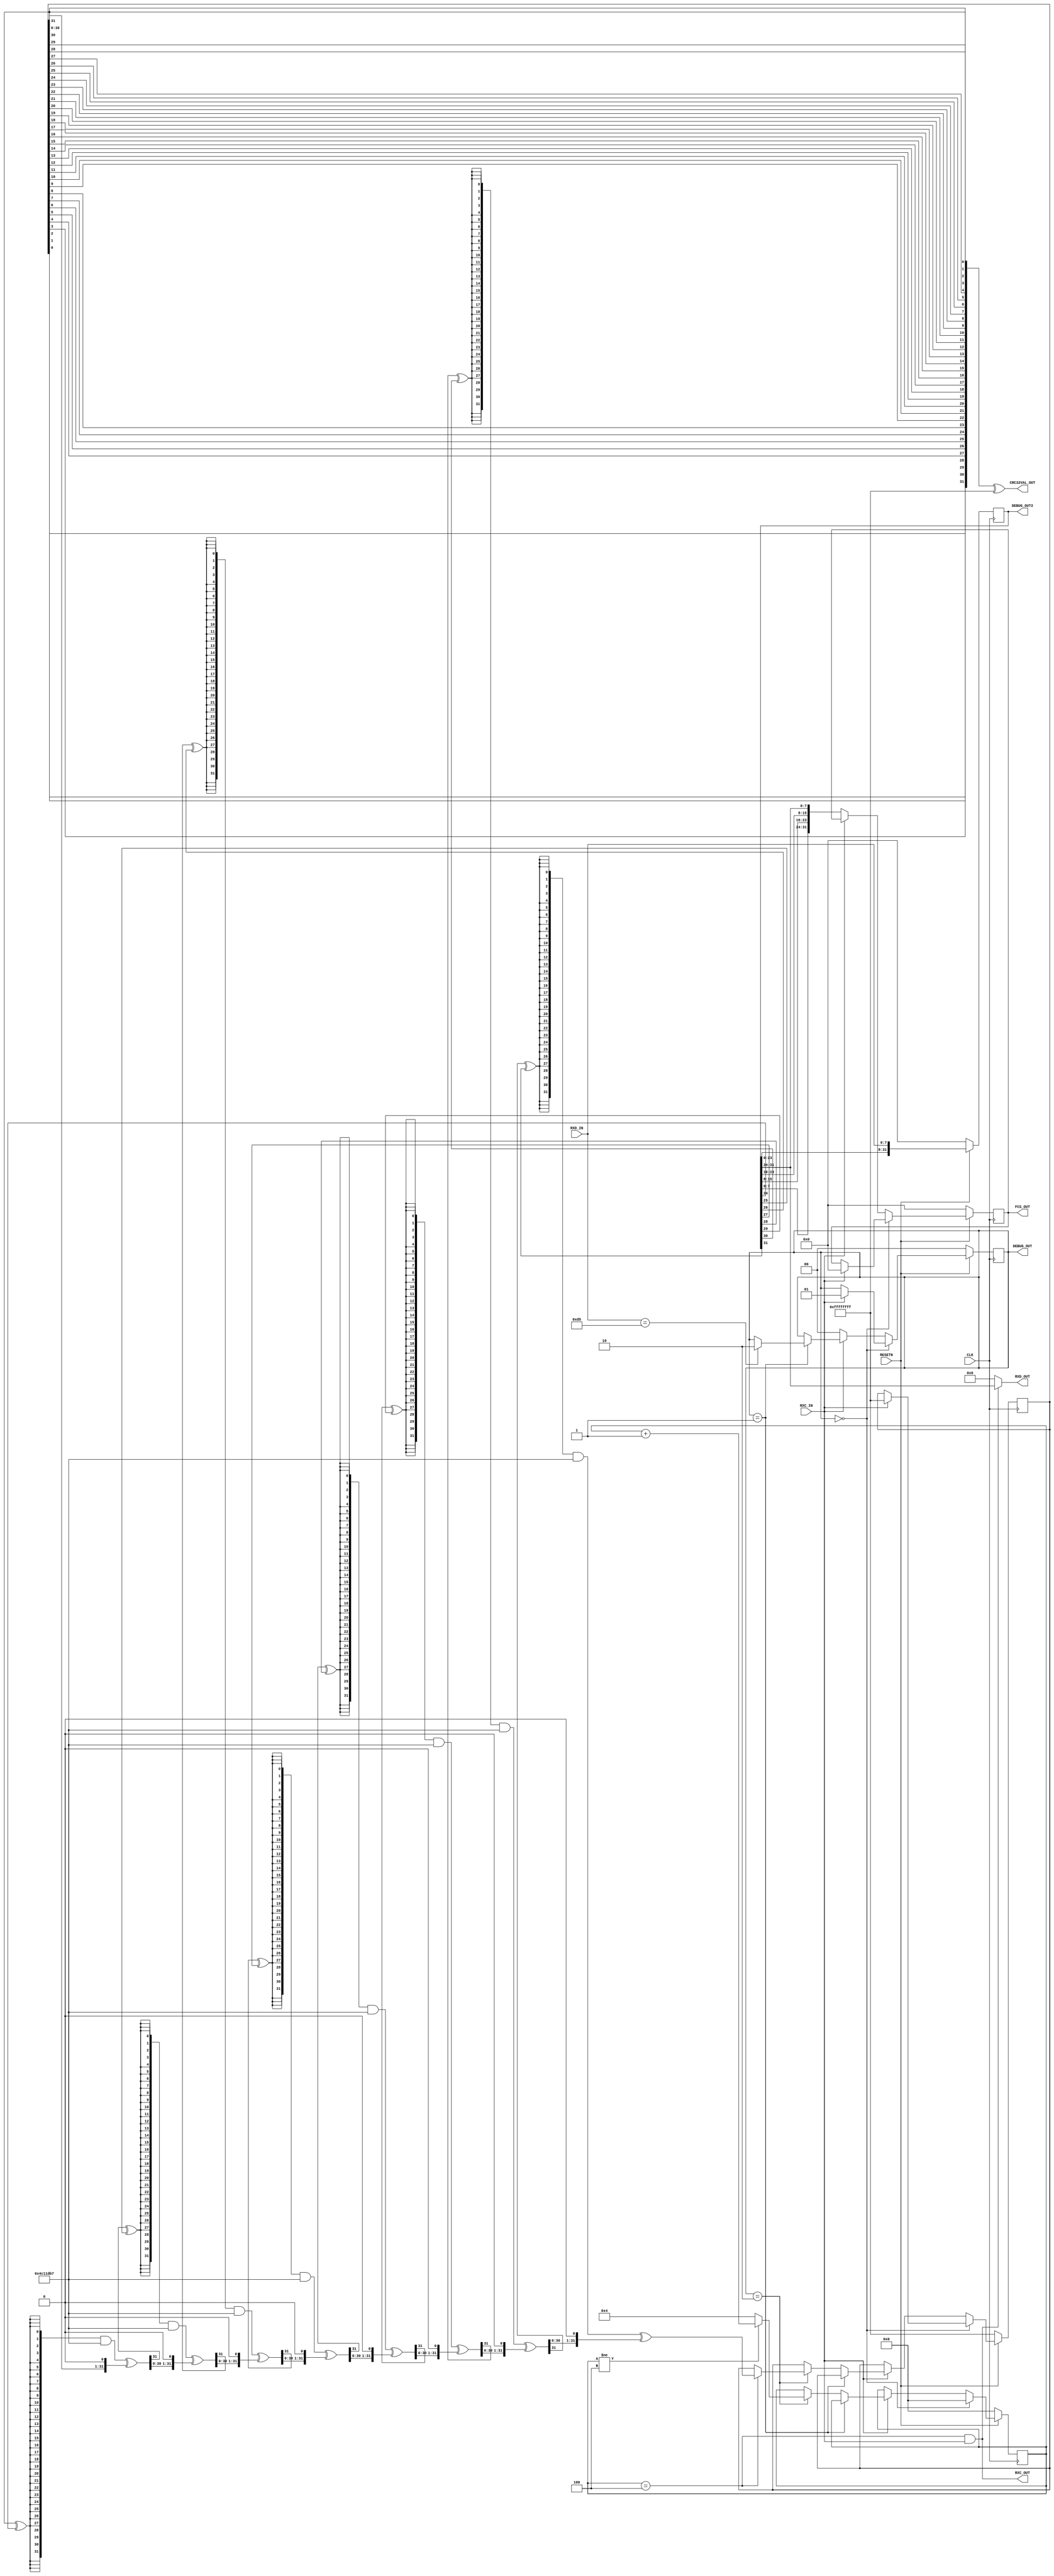

// Copyright (C) Akira Higuchi  ( https://github.com/ahiguti )
// Copyright (C) DeNA Co.,Ltd. ( https://dena.com )
// All rights reserved.
// See COPYRIGHT.txt for details


module gmii_rx_fcs(
input CLK,
input RESETN,
input RXC_IN,
input [7:0] RXD_IN,
output RXC_OUT,
output [7:0] RXD_OUT,
output [31:0] FCS_OUT,
output [31:0] CRC32VAL_OUT,
output [1:0] DEBUG_OUT,
output [31:0] DEBUG_OUT2
);

reg [31:0] rxd_shiftreg;
reg [3:0] shiftreg_len;
reg [31:0] crc32val;
reg [31:0] fcs_recv;
reg [1:0] state;

function [31:0] crc32_8;
input [31:0] crc;
input [7:0] data;
integer i;
begin
    for (i = 0; i < 8; i = i + 1) begin
        crc = ({32{crc[31] ^ data[0]}} & 32'h04c11db7) ^ {crc[30:0], 1'b0};
        data = data >> 1;
    end
    crc32_8 = crc;
end
endfunction

function [31:0] revert32;
input [31:0] value;
integer i;
begin
    revert32 = 0;
    for (i = 0; i < 32; i = i + 1) begin
        revert32[i] = value[31 - i];
    end
end
endfunction

function [31:0] bswap4;
input [31:0] value;
integer i;
integer j;
begin
    bswap4 = 0;
    for (i = 0; i < 4; i = i + 1) begin
        for (j = 0; j < 8; j = j + 1) begin
            bswap4[i*8+j] = value[(3-i)*8+j];
        end
    end
end
endfunction

assign RXC_OUT = (shiftreg_len == 4) && (RXC_IN == 1);
assign RXD_OUT = RXC_OUT ? rxd_shiftreg[31:24] : 8'h00;
assign FCS_OUT = fcs_recv;
assign CRC32VAL_OUT = revert32(crc32val) ^ 32'hffffffff;
assign DEBUG_OUT = state;
assign DEBUG_OUT2 = rxd_shiftreg;

always @(posedge CLK) begin
    if (!RESETN) begin
        rxd_shiftreg <= 0;
        shiftreg_len <= 0;
        fcs_recv <= 0;
        crc32val <= 32'hffffffff;
        state <= 0;
    end else begin
        rxd_shiftreg <= { rxd_shiftreg, RXD_IN };
        if (state == 0) begin
            shiftreg_len <= 0;
            if (RXC_IN == 1) begin
                fcs_recv <= 0;
                crc32val <= 32'hffffffff;
                state <= 1;
            end
        end else if (RXC_IN == 0) begin
            fcs_recv <= bswap4(rxd_shiftreg);
            state <= 0;
        end else if (state == 1) begin
            if (RXD_IN == 8'hd5) begin
                state <= 2;
            end
        end else if (state == 2) begin
            shiftreg_len <= (shiftreg_len != 4) ? (shiftreg_len + 1) : 4;
            if (shiftreg_len == 4) begin
                crc32val <= crc32_8(crc32val, rxd_shiftreg[31:24]);
            end
        end
    end
end

endmodule